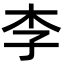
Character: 李